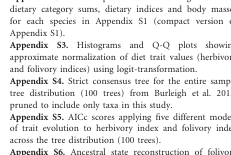
<table><thead><tr><td><b>Category</b></td><td><b>Parts and taxa included</b></td></tr></thead><tbody><tr><td>Leaves</td><td>Fibrous parts of plants: leaves, stems, root stalks, needles, branches of Embryophyta (“land plants”)</td></tr><tr><td>Roots</td><td>Roots, rhizomes, and bulbs of Embryophyta</td></tr><tr><td>Seeds</td><td>Seeds and nuts of Embryophyta</td></tr><tr><td>Fruits</td><td>Fruits, flowers, catkins, or spores of Embryophyta</td></tr><tr><td>Plants</td><td>Embryophyta, part is not specified (e.g. “15% dandelion”)</td></tr><tr><td>Algae</td><td>Chlorophyta or charophyceae (green algae), rhodophyta (red algae), phaeophyceae (brown algae), or cyanobacteria</td></tr><tr><td>Animal</td><td>Metazoa</td></tr><tr><td>Other</td><td>Any taxon not included in the above categories or unidentified matter</td></tr></tbody></table>